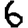
Digit: 6